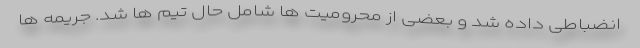
انضباطی داده شد و بعضی از محرومیت ها شامل حال تیم ها شد. جریمه ها